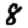
Digit: 8